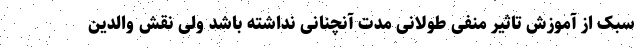
سبک از آموزش تاثیر منفی طولانی مدت آنچنانی نداشته باشد ولی نقش والدین